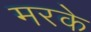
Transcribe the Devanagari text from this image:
मरके